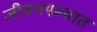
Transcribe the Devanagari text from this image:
जीवनपश्चात